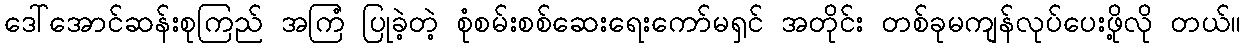
ဒေါ်အောင်ဆန်းစုကြည် အကြံ ပြုခဲ့တဲ့ စုံစမ်းစစ်ဆေးရေးကော်မရှင် အတိုင်း တစ်ခုမကျန်လုပ်ပေးဖို့လို တယ်။